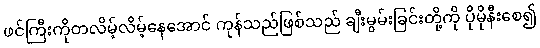
ဖင်ကြီးကိုတလိမ့်လိမ့်နေအောင် ကုန်သည်ဖြစ်သည် ချီးမွမ်းခြင်းတို့ကို ပိုမိုနီးစေ၍